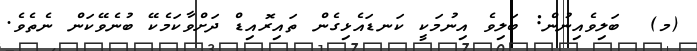
(މ)  ބަލިވެއިނުން: ބަލިވެ އިނުމަކީ ކަނޑައެޅިގެން ތައިރޮއިޑް ދަށްވާކަމެކޭ ބުނެވޭކަން ނެތެވެ.